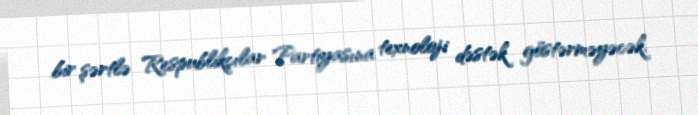
bir şərtlə Respublikçılar Partiyasına texnoloji dəstək göstərməyəcək.